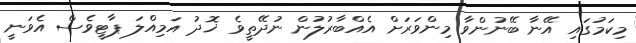
މިކަމުގައި އޭނާ ބޭނުންވާ މިންވަރަށް އެއްބާރުލުން ނުދޭތީވެ ޚޮދު އަމިއްލަ ޕާޓީވެސް އެވަނީ